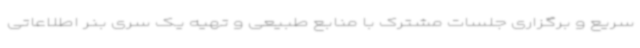
سریع و برگزاری جلسات مشترک با منابع طبیعی و تهیه یک سری بنر اطلاعاتی